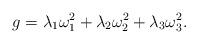
LaTeX: \begin{align*}g = \lambda_{1}\omega^{2}_{1} +\lambda_{2}\omega^{2}_{2} + \lambda_{3}\omega^{2}_{3} .\end{align*}